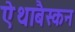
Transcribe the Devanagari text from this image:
ऐथाबैस्कन